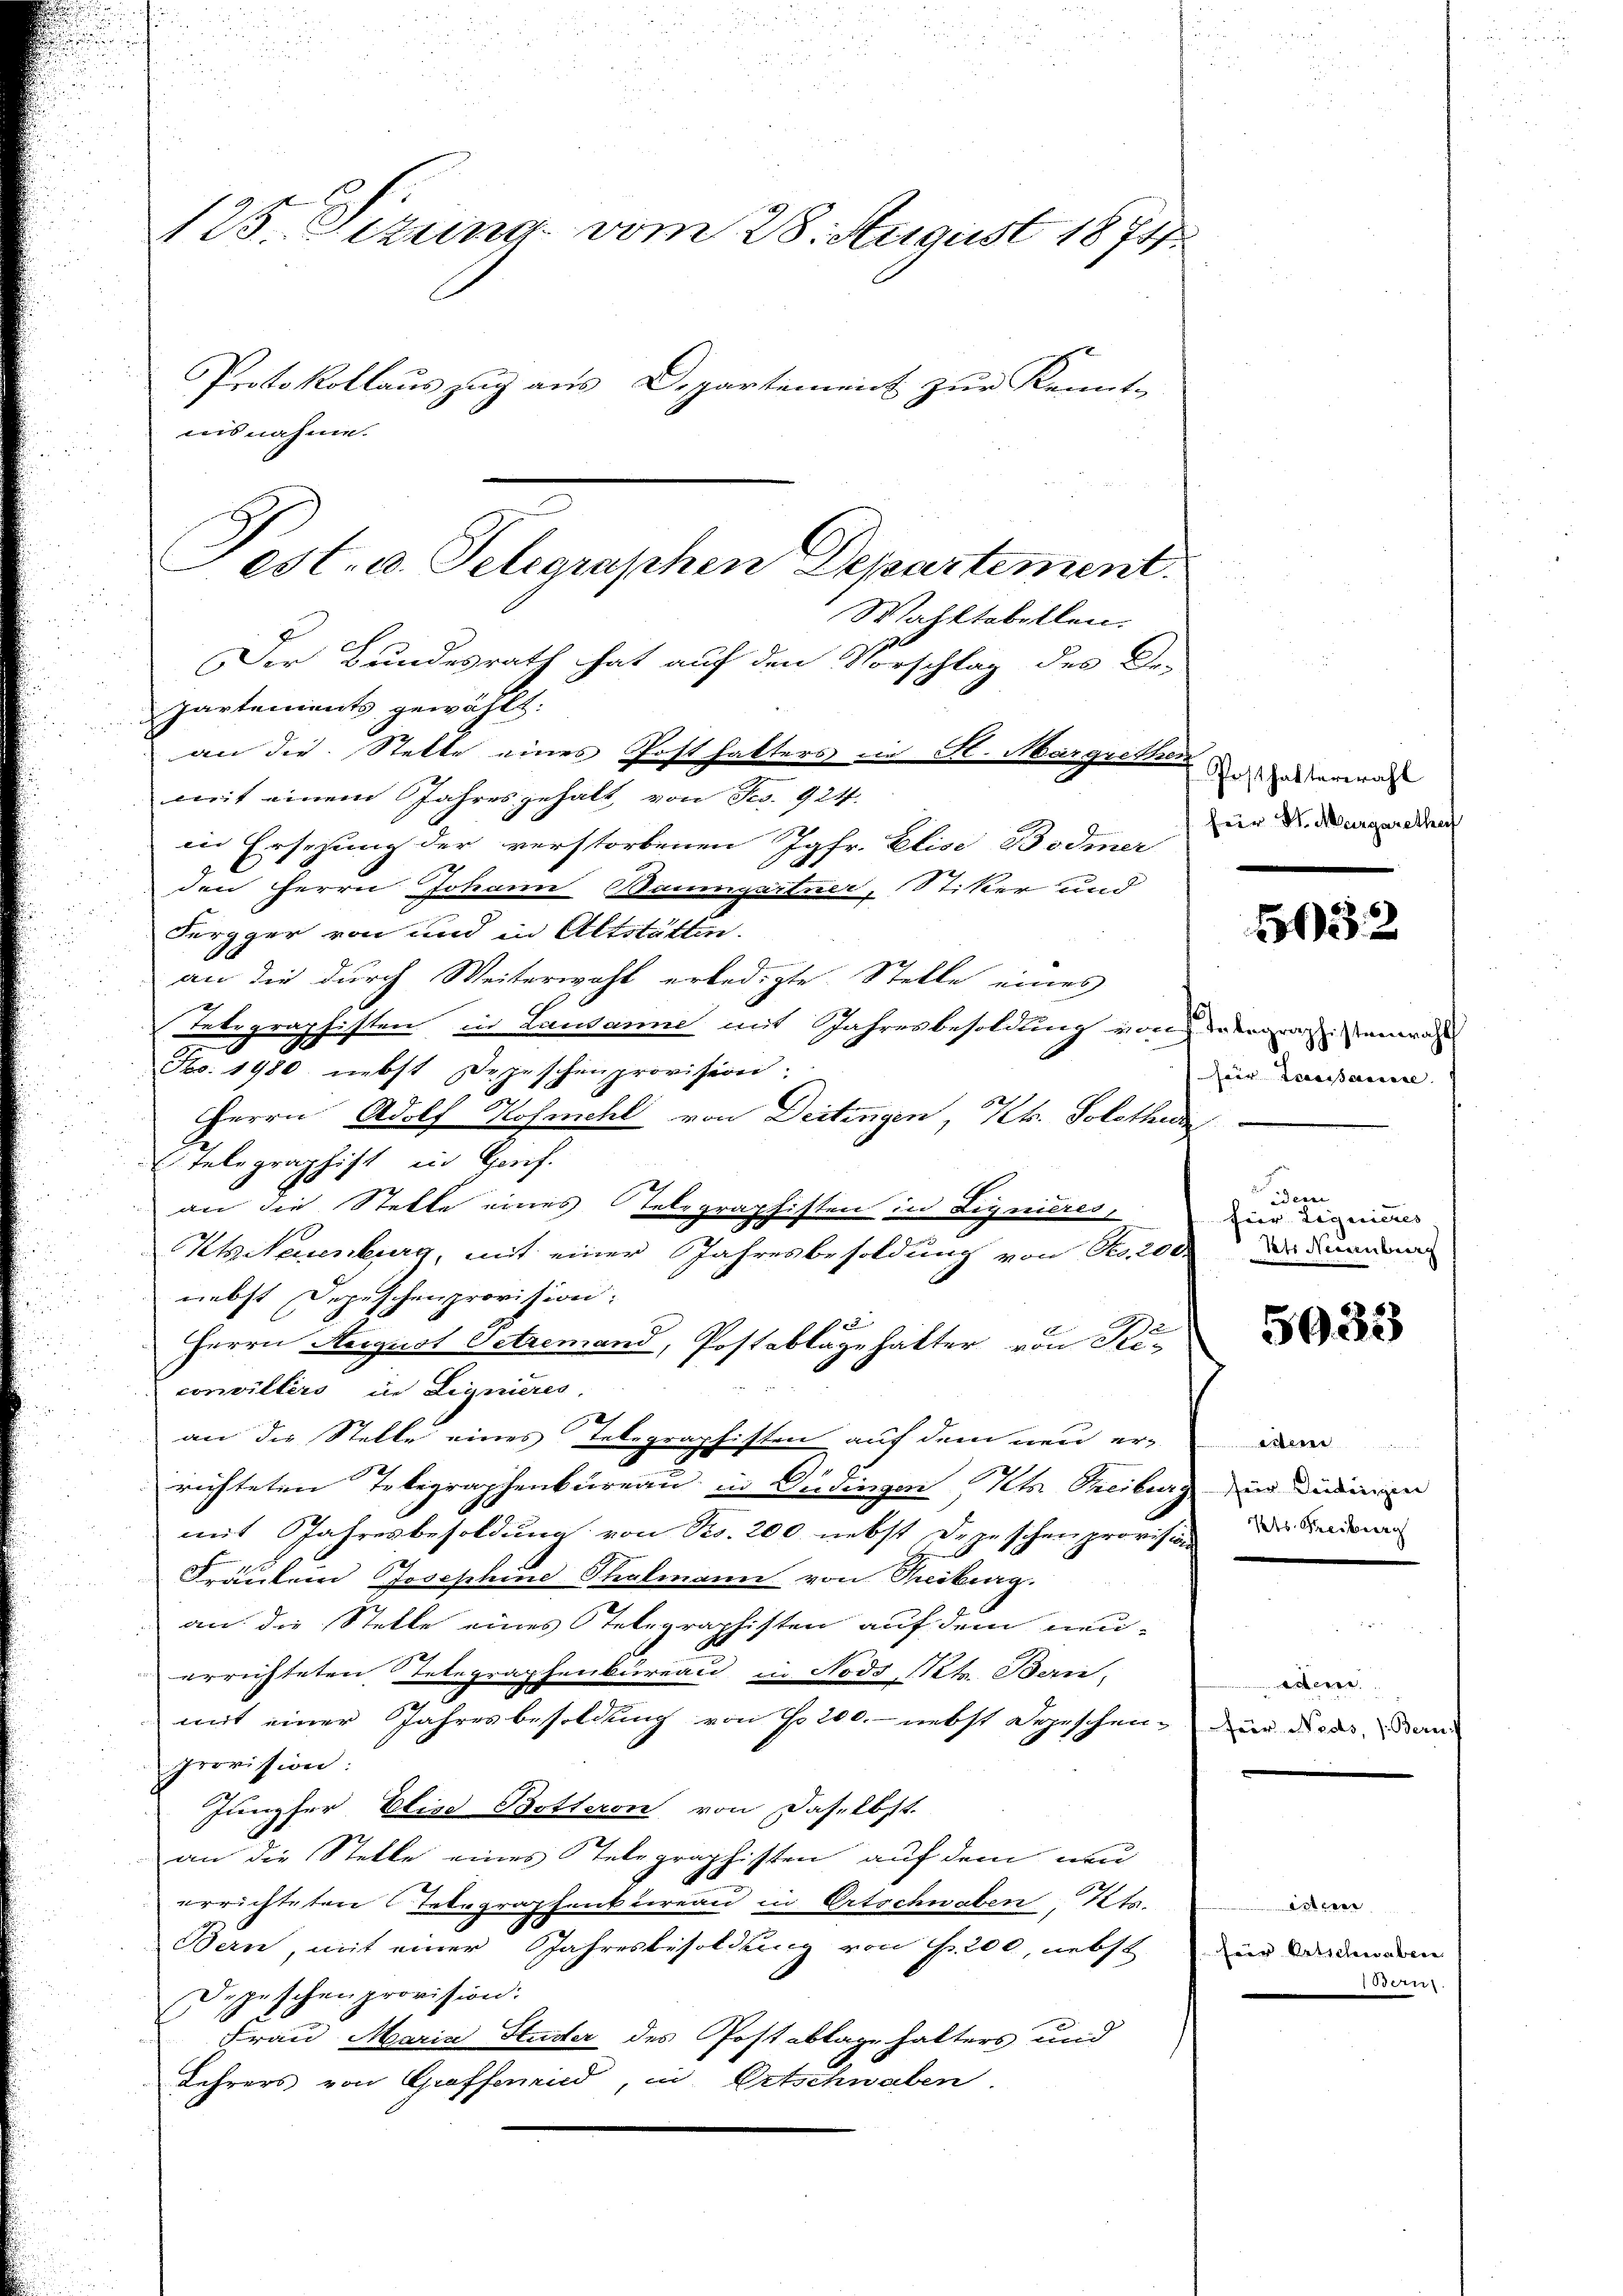
125. Sezung vom 28. August 1874

Protokollauszug aus Departement zur Kennt-
ausnahme.
Wahltabellen.
Der Bundesrath hat auf den Vorschlag des De-
partements gewählt:
an die Stelle eines Posthalters in H. Margrethe denerals
mit einem Jahresgehalt von Fr. 924.
in Ersehung der verstorbenen Jgfr. Elise Bodmer
den Herrn Johann Baumgartner, (Stiker und
Fergger von und in Altstätten.
an die durch Weiterwohl erledigte Stelle eines
Relegraphisten in Landame mit Jahresbesoldung von derografisanwal
Fro. 1980 nebst Depeschenprovision:
Herrn Adolf Hofmehl von Deitengen, Kt. Solothur
Telegraphift in Porf.
an die Stelle eines Telegraphisten in Lignieres,
Kieuenburg, mit einer Jahresbesoldung von Fco. 200
nebst Depeschenprovision.
28
e
Herrn August Petremand, Postablagehalter von Reconvillers in Lignieres,
an die Stelle eines Telegraphisten auf dem neu er-
r
richteten Telegraphenbureau in Gedingen Kts. Treiburg
mit Jahresbesoldung von Frs. 200 nebst Depeschen provision
Fräulein Josephine Thalmann von Freiburg.
an die Stelle eines Telegraphisten auf dem neu-
errichteten Telegraphenbureau in Nods St. Ban
mit einer Jahresbesoldung von No 200.- nebst Depeschen-
provision:
Jungfer Elise Botteron von daselbst.
an die Stelle eines Telegraphisten auf dem neu
errichteten Telegraphenbureau in Ortschwaben, Kts.
Bern, mit einer Jahresbesoldung von Fr. 200, nebst
Depeschenprovision:
Frau Maria Studer des Postablage halters und
Lehrers von Groffenried, in Ortschwaben.

Pest. v. Telegraphen Departement

feir H. Margarethaf

6032

Heer Cassarisse |

idem
hier Liquieres
At Neuenburg

5933

esleine
für Seiderigen
Kts. Freiburg

edene
Frör Neds, (Bern

erer
fier Ortschwaben
oern.